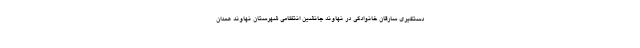
دستگیری سارقان خانوادگی در نهاوند جانشین انتظامی شهرستان نهاوند همدان